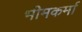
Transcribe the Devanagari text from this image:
भीमकर्मा